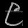
Digit: ၉